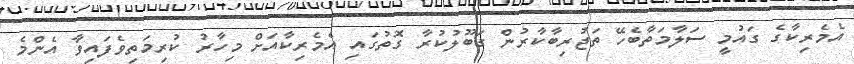
އެމެރިކާގެ ގައުމީ ސަލާމަތާބެހޭ ތަޖުރިބާކާރުން ގަބޫލުކުރާ ގޮތުގައި އެމެރިކާއަށް މިހާރު ކުރިމަތިވެފައިވާ އެންމެ